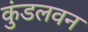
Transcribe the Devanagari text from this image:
कुंडलवन